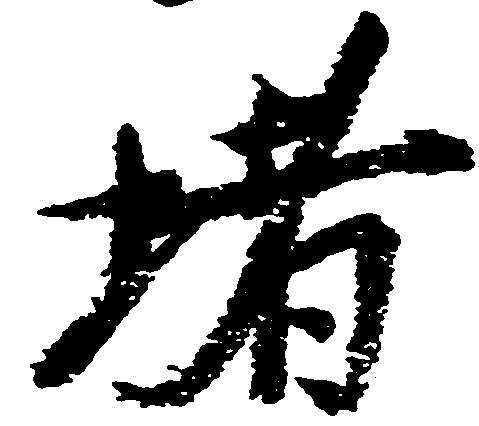
堵